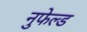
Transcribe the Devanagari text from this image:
नुफेल्ड